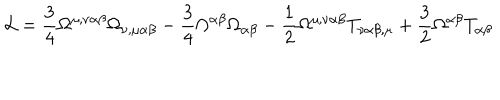
{ \cal L } = \frac { 3 } { 4 } \Omega ^ { \mu , \nu \alpha \beta } \Omega _ { \nu , \mu \alpha \beta } - \frac { 3 } { 4 } \Omega ^ { \alpha \beta } \Omega _ { \alpha \beta } - \frac { 1 } { 2 } \Omega ^ { \mu , \nu \alpha \beta } T _ { \nu \alpha \beta , \mu } + \frac { 3 } { 2 } \Omega ^ { \alpha \beta } T _ { \alpha \beta }